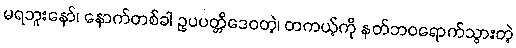
မရဘူးနော်၊ နောက်တစ်ခါ ဥပပတ္တိဒေဝတဲ့၊ တကယ့်ကို နတ်ဘဝရောက်သွားတဲ့